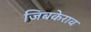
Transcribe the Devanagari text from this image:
जिबकेराव